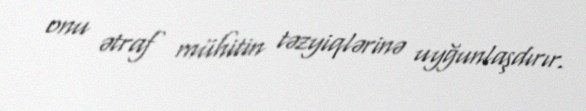
onu ətraf mühitin təzyiqlərinə uyğunlaşdırır.